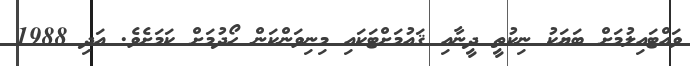
ވައްޓައިލުމަށް ބަޔަކު ނިކުތީ ދީނާއި ޤައުމަށްޓަކައި މިނިވަންކަން ހޯދުމަށް ކަމަށެވެ. އަދި 1988